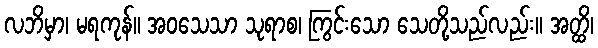
လဘိမှာ၊ မရကုန်။ အဝသေသာ သုရာစ၊ ကြွင်းသော သေတို့သည်လည်း။ အတ္ထိ၊